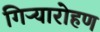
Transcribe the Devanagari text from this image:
गिऱ्यारोहण